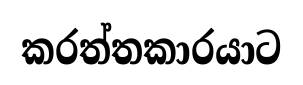
කරත්තකාරයාට